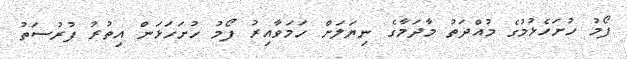
ފޯމު ހުށަހެޅުމުގެ މުއްދަތު މާދަމާގެ ނިޔަލަށް ހަމަވާއިރު ފޯމު ހުށަހަޅަން އިތުރު ފުރުސަތު